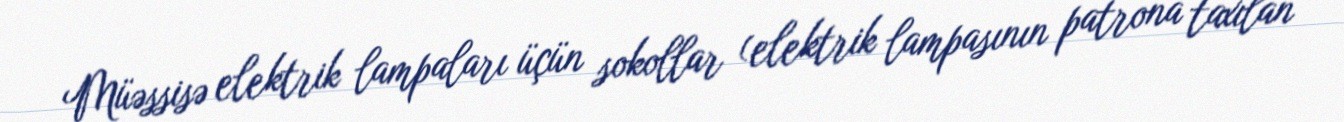
Müəssisə elektrik lampaları üçün sokollar (elektrik lampasının patrona taxılan